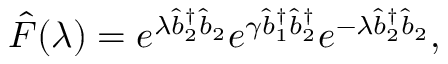
\hat { F } ( \lambda ) = e ^ { \lambda \hat { b } _ { 2 } ^ { \dagger } \hat { b } _ { 2 } } e ^ { \gamma \hat { b } _ { 1 } ^ { \dagger } \hat { b } _ { 2 } ^ { \dagger } } e ^ { - \lambda \hat { b } _ { 2 } ^ { \dagger } \hat { b } _ { 2 } } ,